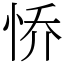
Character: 㤭